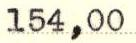
154,00